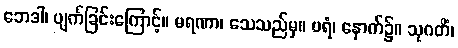
ဘေဒါ၊ ပျက်ခြင်းကြောင့်။ မရဏာ၊ သေသည်မှ။ ပရံ၊ နောက်၌။ သုဂတိံ၊